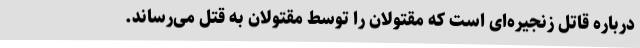
درباره قاتل زنجیره‌ای است که مقتولان را توسط مقتولان به قتل می‌رساند.